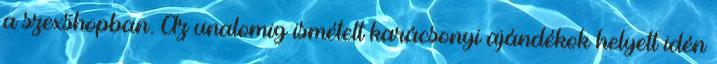
a szexshopban. Az unalomig ismételt karácsonyi ajándékok helyett idén